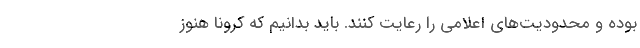
بوده و محدودیت‌های اعلامی را رعایت کنند. باید بدانیم که کرونا هنوز